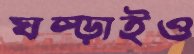
ঘষ্‌ড়াইও